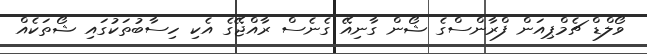
ވޯލްޑް ޗެމްޕިއަން ފްރާންސްގެ ޝޯން ގާނިއޭ ގެނެސް ރާއްޖޭގެ އެކި ހިސާބުތަކުގައި ޝޯތަކެއް